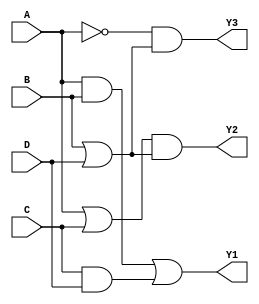
module combinational_logic_block (
    input wire A,
    input wire B,
    input wire C,
    input wire D,
    output wire Y1,
    output wire Y2,
    output wire Y3
);

// Level 1: Initial Logic Expression
// Example expressions (before simplification):
// Y1 = (A AND B) OR (C AND D)
// Y2 = (A OR C) AND (B OR D)
// Y3 = NOT(A) AND (B OR C)

// Level 2: First Simplification
// Simplified expressions using Boolean algebra
wire AB = A & B; // A AND B
wire CD = C & D; // C AND D
wire AC = A | C; // A OR C
wire BD = B | D; // B OR D
wire NOT_A = ~A; // NOT A

// Level 3: Factorization
// Further simplification can be done if needed, but for this example, we will keep it simple

// Level 4: Multi-Level Optimization
// Implementing the final expressions based on simplifications
assign Y1 = AB | CD; // Final expression for Y1
assign Y2 = AC & BD; // Final expression for Y2
assign Y3 = NOT_A & (BD); // Final expression for Y3

endmodule